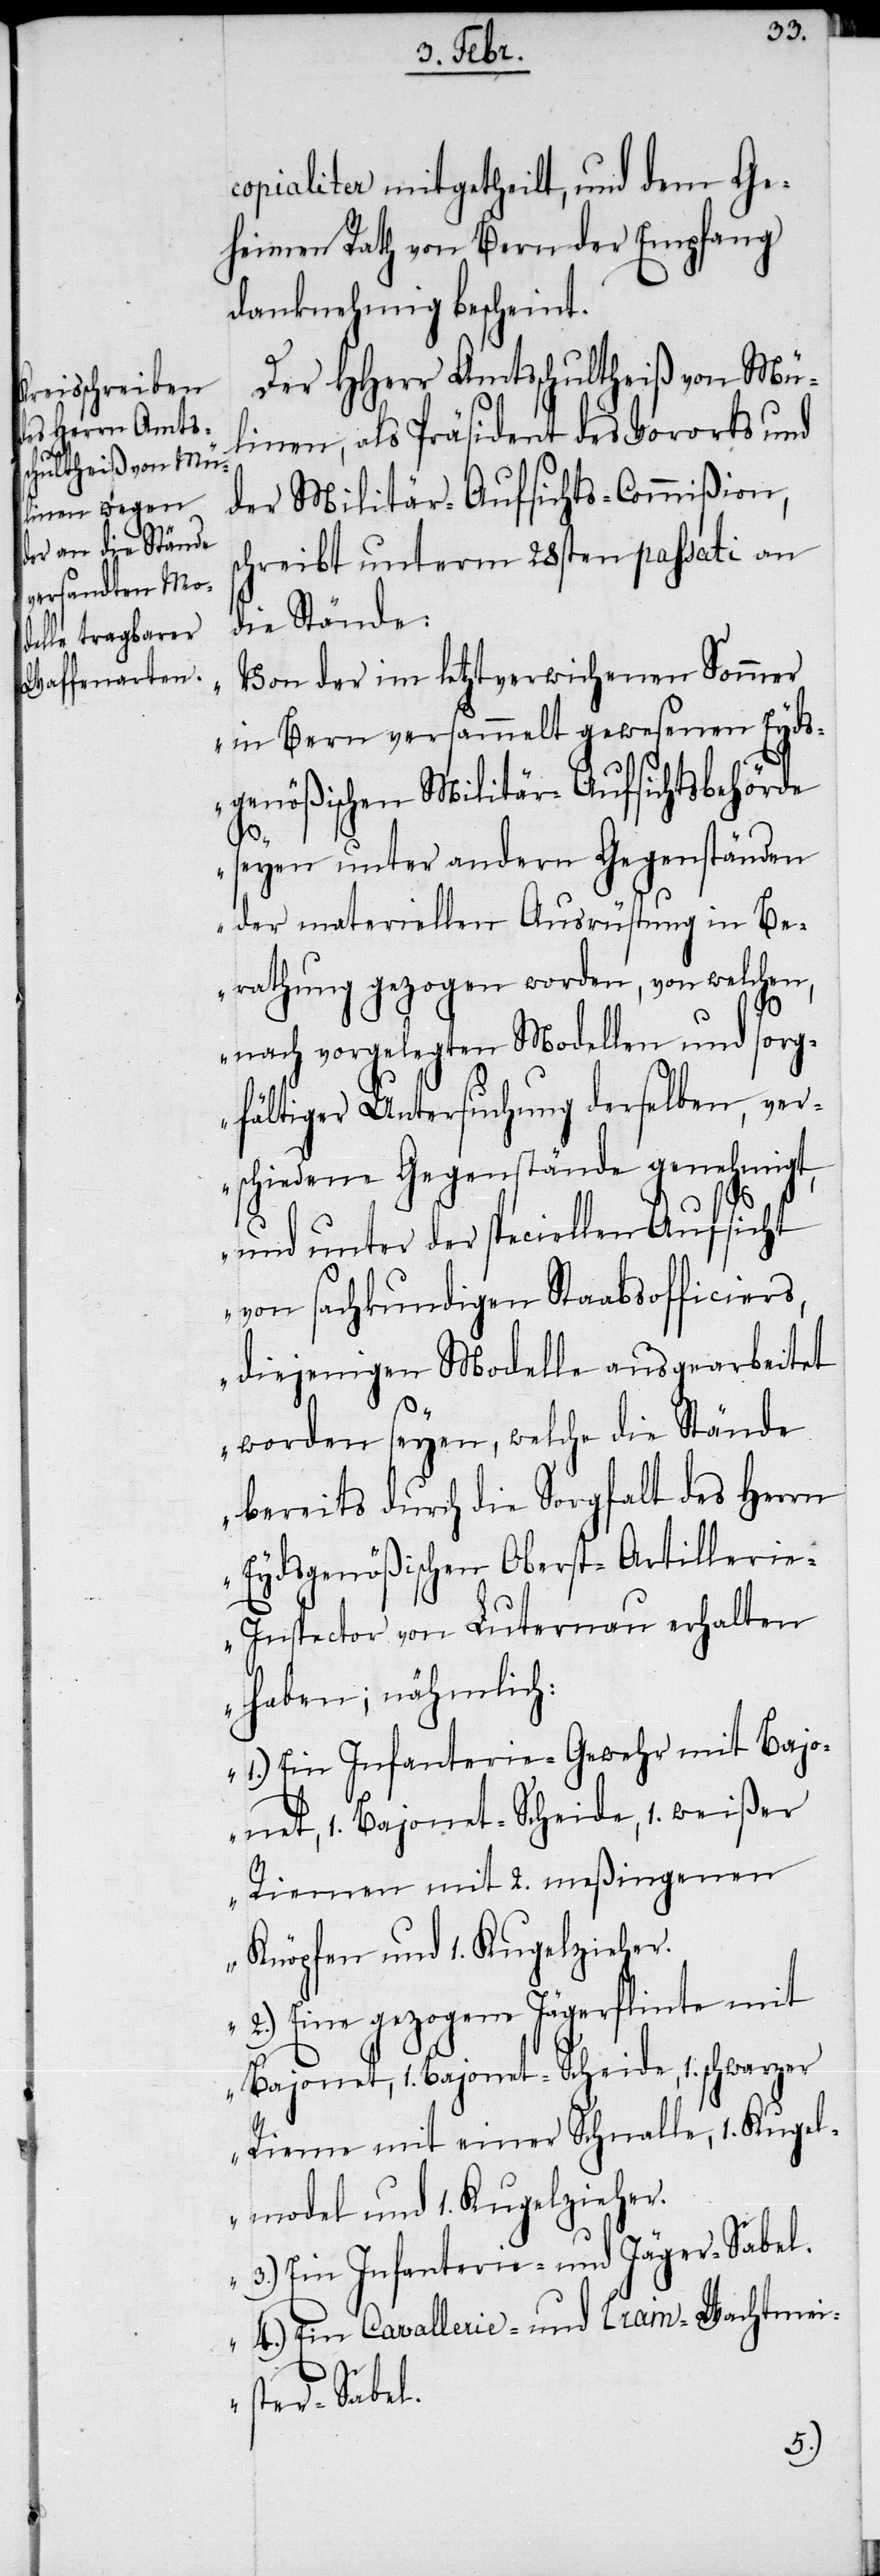
copialiter mitgetheilt, und dem Ge¬
heimen Rath von Bern der Empfang
danknehmig bescheint.
Der HHerr Amtsschultheiß von Mül¬
inen, als Präsident des Vororts und
der Militär-Aufsichts-Commißion,
schreibt unterm 28sten passati an
die Stände:
„Von der im letztverwichenen Sommer
in Bern versammelt gewesenen Eyds¬
genößischen Militär-Aufsichtsbehörde
seyen unter andern Gegenständen
der materiellen Ausrüstung in Be¬
rathung gezogen worden, von welchen,
nach vorgelegten Modellen und sorg¬
fältiger Untersuchung derselben, ver¬
schiedene Gegenstände genehmigt,
und unter der speciellen Aufsicht
von sachkundigen Staabsofficiers,
diejenigen Modelle ausgearbeitet
worden seyen, welche die Stände
bereits durch die Sorgfalt des Herrn
Eydsgenößischen Oberst-Artillerie-I¬
nspector von Luternau erhalten
haben; nähmlich:
1.) Ein Infanterie-Gewehr mit Bajo¬
net, 1. Bajonet-Scheide, 1. weißer
Riemen mit 2. meßingenen
Knöpfen und 1. Kugelzieher.
2.) Eine gezogene Jägerflinte mit
Bajonet, 1. Bajonet-Scheide, 1. schwarzer
Rieme mit einer Schnalle, 1. Kugel¬
model und 1. Kugelzieher.
3.) Ein Infanterie- und Jäger-Sabel.
4.) Ein Cavallerie- und Train-Wachtmei¬
ster-Sabel.